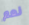
نعم